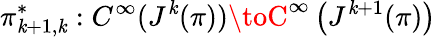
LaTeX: \pi_{\mathit{k}+1,\mathit{k}}^{*}:C^{\infty}(J^{\mathit{k}}(\pi))\toC^{\infty}\left(J^{\mathit{k}+1}(\pi)\right)